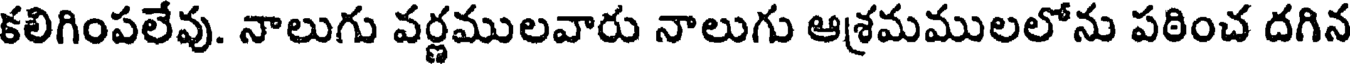
కలిగింపలేవు. నాలుగు వర్ణములవారు నాలుగు ఆశ్రమములలోను పఠించ దగిన